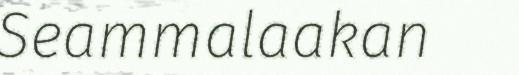
Seammalaakan